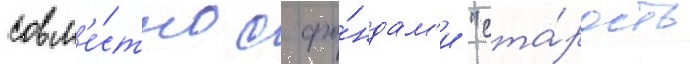
совм'е́стно с фо́ндам'и "ста́рость